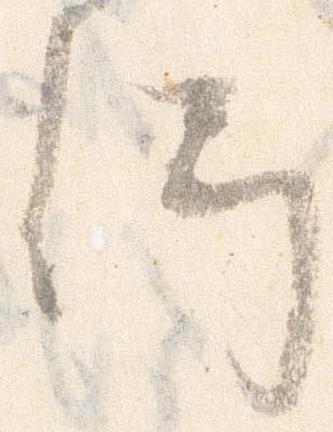
何